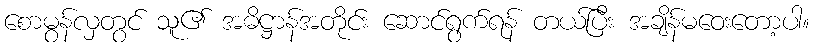
စောမွန်လှတွင် သူ၏ အဓိဋ္ဌာန်အတိုင်း ဆောင်ရွက်ရန် တယ်ပြီး အချိန်မဝေးတော့ပါ။